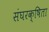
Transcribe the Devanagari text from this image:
संघरक्षिता